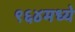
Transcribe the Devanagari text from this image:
९६४मध्ये